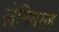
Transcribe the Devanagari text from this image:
लेनिनसह